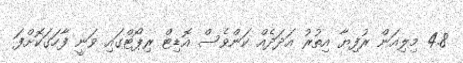
4.8 މިލިއަން ރުފިޔާ އިތުރު އަދަދެއް ކަންވެސް އޮޑިޓް ރިޕޯޓްގައި ވަނީ ފާހަގަކޮށްފަ